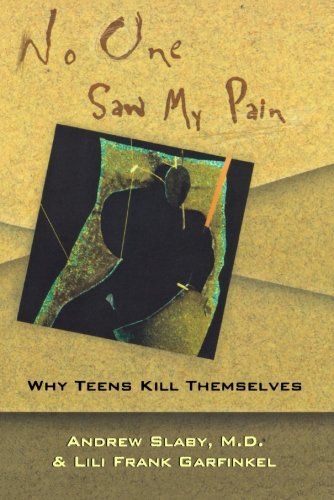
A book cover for No One Saw My Pain: Why Teens Kill Themselves; Lili Frank Garfinkel; Teen & Young Adult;